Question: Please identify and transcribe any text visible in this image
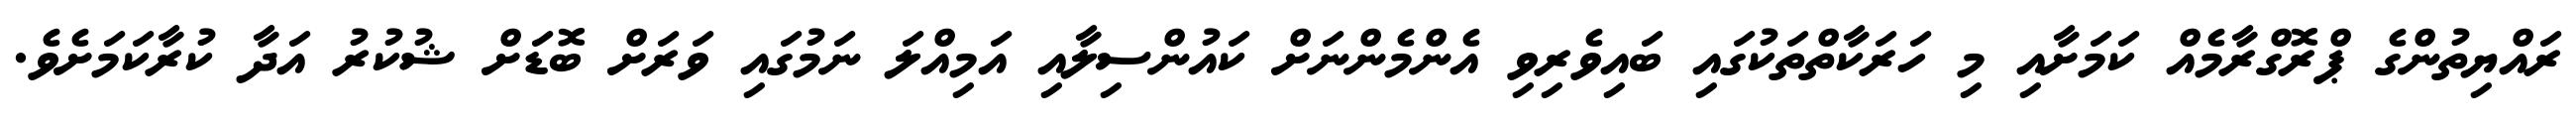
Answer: ރައްޔިތުންގެ ޕްރޮގްރާމެއް ކަމަށާއި މި ހަރަކާތްތަކުގައި ބައިވެރިވި އެންމެންނަށް ކައުންސިލާއި އަމިއްލަ ނަމުގައި ވަރަށް ބޮޑަށް ޝުކުރު އަދާ ކުރާކަމަށެވެ.